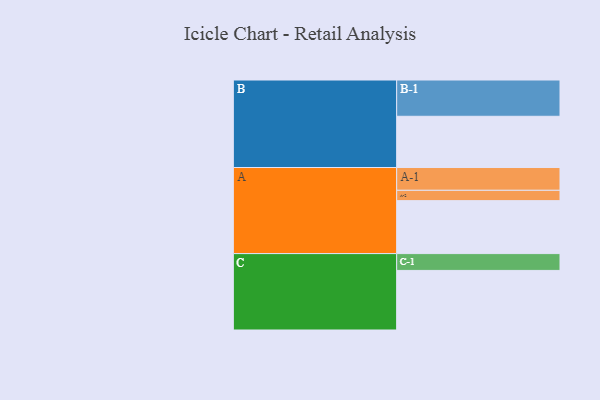
{"axis": {"x": "Segment", "y": "Value"}, "legend": ["", "A", "B", "C"], "data": [{"x": "A", "y": 400, "type": ""}, {"x": "B", "y": 387, "type": ""}, {"x": "C", "y": 450, "type": ""}, {"x": "A-1", "y": 172, "type": "A"}, {"x": "A-2", "y": 78, "type": "A"}, {"x": "B-1", "y": 274, "type": "B"}, {"x": "C-1", "y": 127, "type": "C"}]}